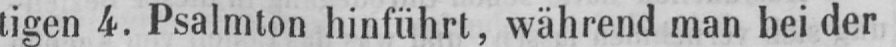
tigen 4. Psalmton hinführt, während man beider